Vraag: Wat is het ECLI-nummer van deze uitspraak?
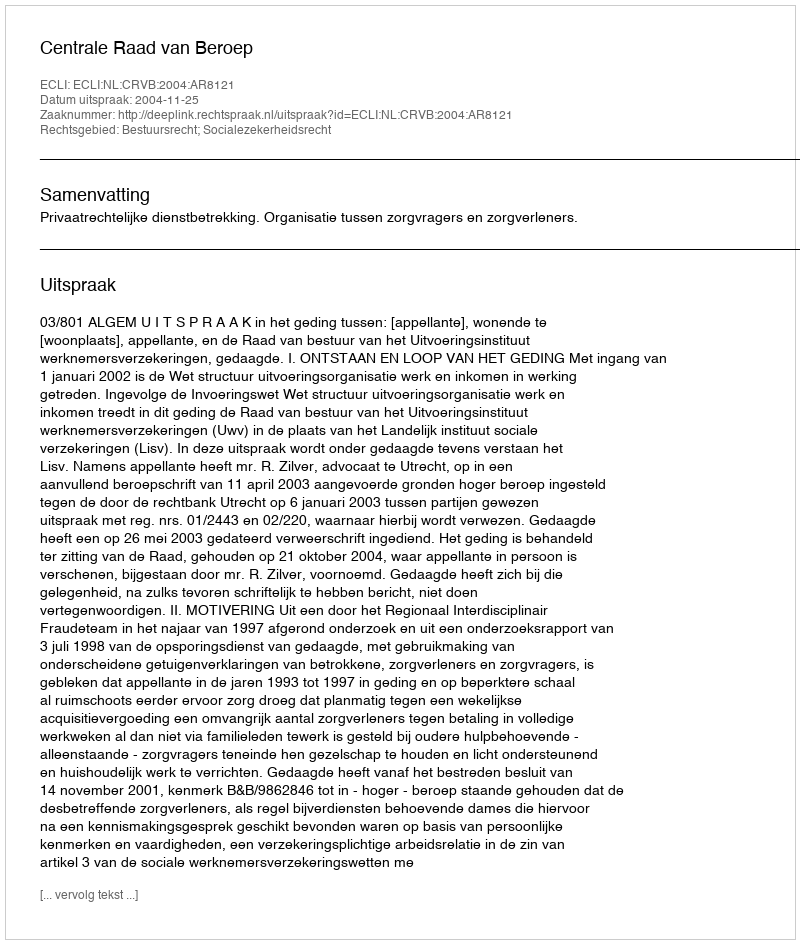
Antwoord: ECLI:NL:CRVB:2004:AR8121